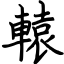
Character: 轅